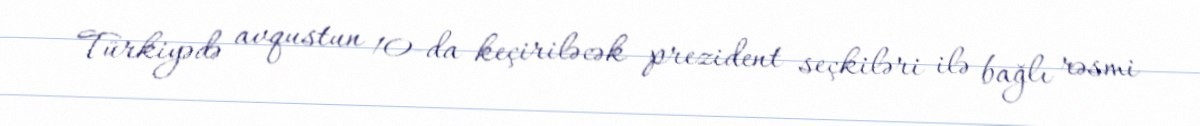
Türkiyədə avqustun 10-da keçiriləcək prezident seçkiləri ilə bağlı rəsmi